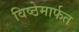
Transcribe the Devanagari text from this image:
विष्ठेमार्फत